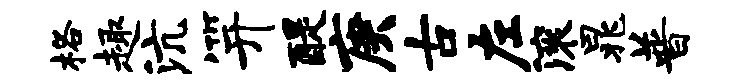
格趣沆笄醍庚古左滚晁普